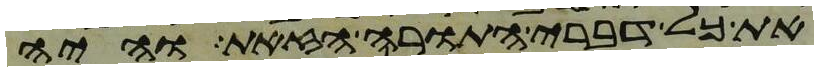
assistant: את כל דברי התורה הזאת והיה